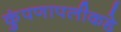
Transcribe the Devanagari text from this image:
कुंपणापलीकडे